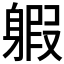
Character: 𨉣